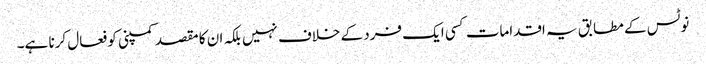
نوٹس کے مطابق یہ اقدامات کسی ایک فرد کے خلاف نہیں بلکہ ان کا مقصد کمپنی کو فعال کرنا ہے۔